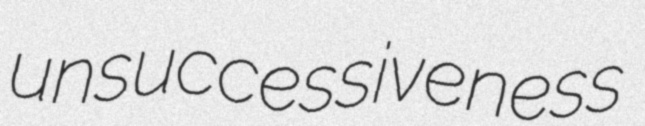
unsuccessiveness